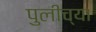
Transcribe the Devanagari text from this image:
पुलीच्या